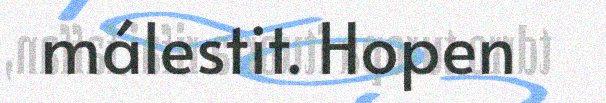
málestit. Hopen